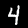
Digit: 4